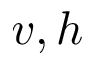
v , h